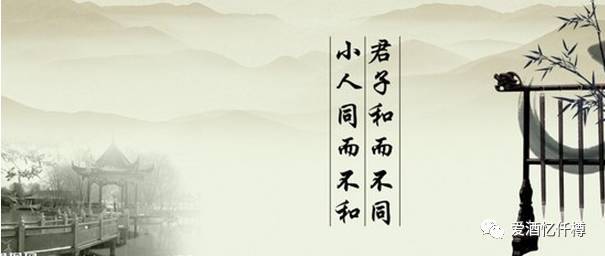
君子和而不同，小人同而不和。